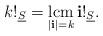
LaTeX: \begin{align*} k!_{\underline{S}} = \operatorname*{lcm}\limits_{ \vert \mathbf{i} \vert = k}\mathbf{i}!_{\underline{S}}.\end{align*}